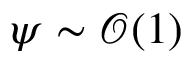
\psi \sim \mathcal { O } ( 1 )